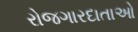
રોજગારદાતાઓ